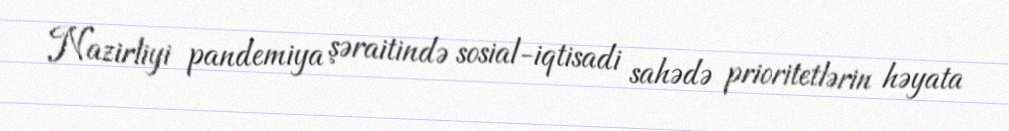
Nazirliyi pandemiya şəraitində sosial-iqtisadi sahədə prioritetlərin həyata